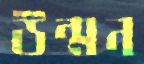
উন্মন